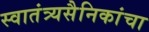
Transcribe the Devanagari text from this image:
स्वातंत्र्यसैनिकांचा